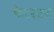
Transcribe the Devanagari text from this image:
फेरस्टर